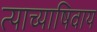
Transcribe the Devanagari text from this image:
त्याच्याषिवाय